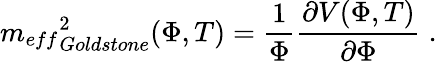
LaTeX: {m_{eff}}_{Goldstone}^{2}(\Phi,T)=\frac{1}{\Phi}\frac{\partial V(\Phi,T)}{\partial\Phi}\; .